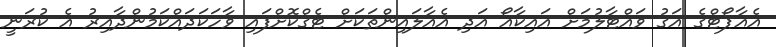
އެއާޕޯޓްގެ އަގު ވައްޓާލުމަށް އައިކާއޯ އަދި އެއާލައިންތަކަށް ޓެގްކޮށްފައި ވާހަކަދައްކަމުންދާއިރު އެ ކުރަނީ